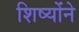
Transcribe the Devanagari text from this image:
शिष्योंने